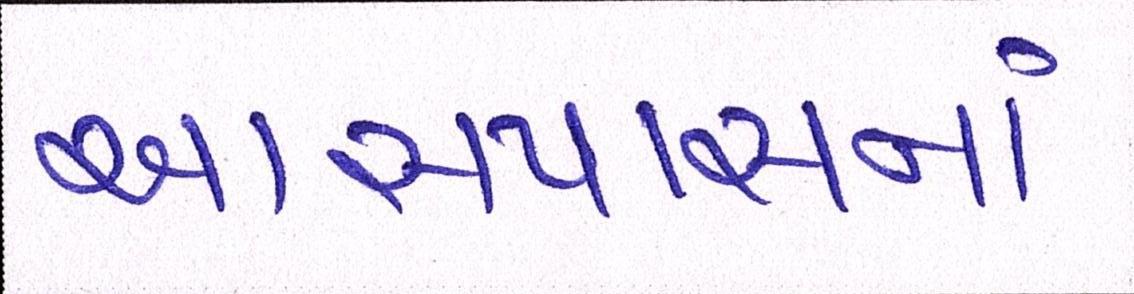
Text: આસપાસનાં